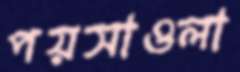
পয়সাওলা